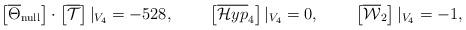
LaTeX: \begin{align*}\left[\overline{\Theta}_{\rm null}\right] \cdot \left[\overline{\mathcal{T}}\right] |_{V_4} &= -528, & \left[\overline{\mathcal{H}yp}_4\right] |_{V_4} &= 0, & \left[\overline{\mathcal{W}}_2 \right] |_{V_4} &=-1,\end{align*}